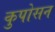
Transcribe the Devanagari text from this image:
कुपोसन